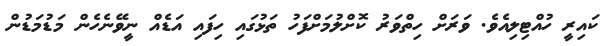
ކައިރީ ހުއްޓިލިއެވެ. ވަރަށް ހިތްވަރު ކޮށްލުމަށްފަހު ތަޅުގައި ހިފައި އަޑެއް ނީވޭނެހެން މަޑުމަޑުން